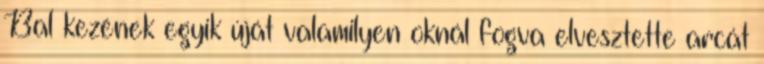
Bal kezének egyik úját valamilyen oknál fogva elvesztette arcát